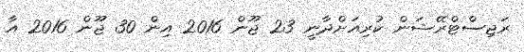
ރަޖިސްޓްރޭޝަން ކުރިއަށްދާނީ 23 ޖޫން 2016 އިން 30 ޖޫން 2016 އާ